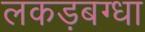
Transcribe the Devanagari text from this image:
लकड़बग्धा